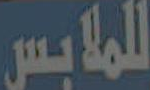
للملابس